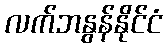
လက်ဘနွန်နိုင်ငံ